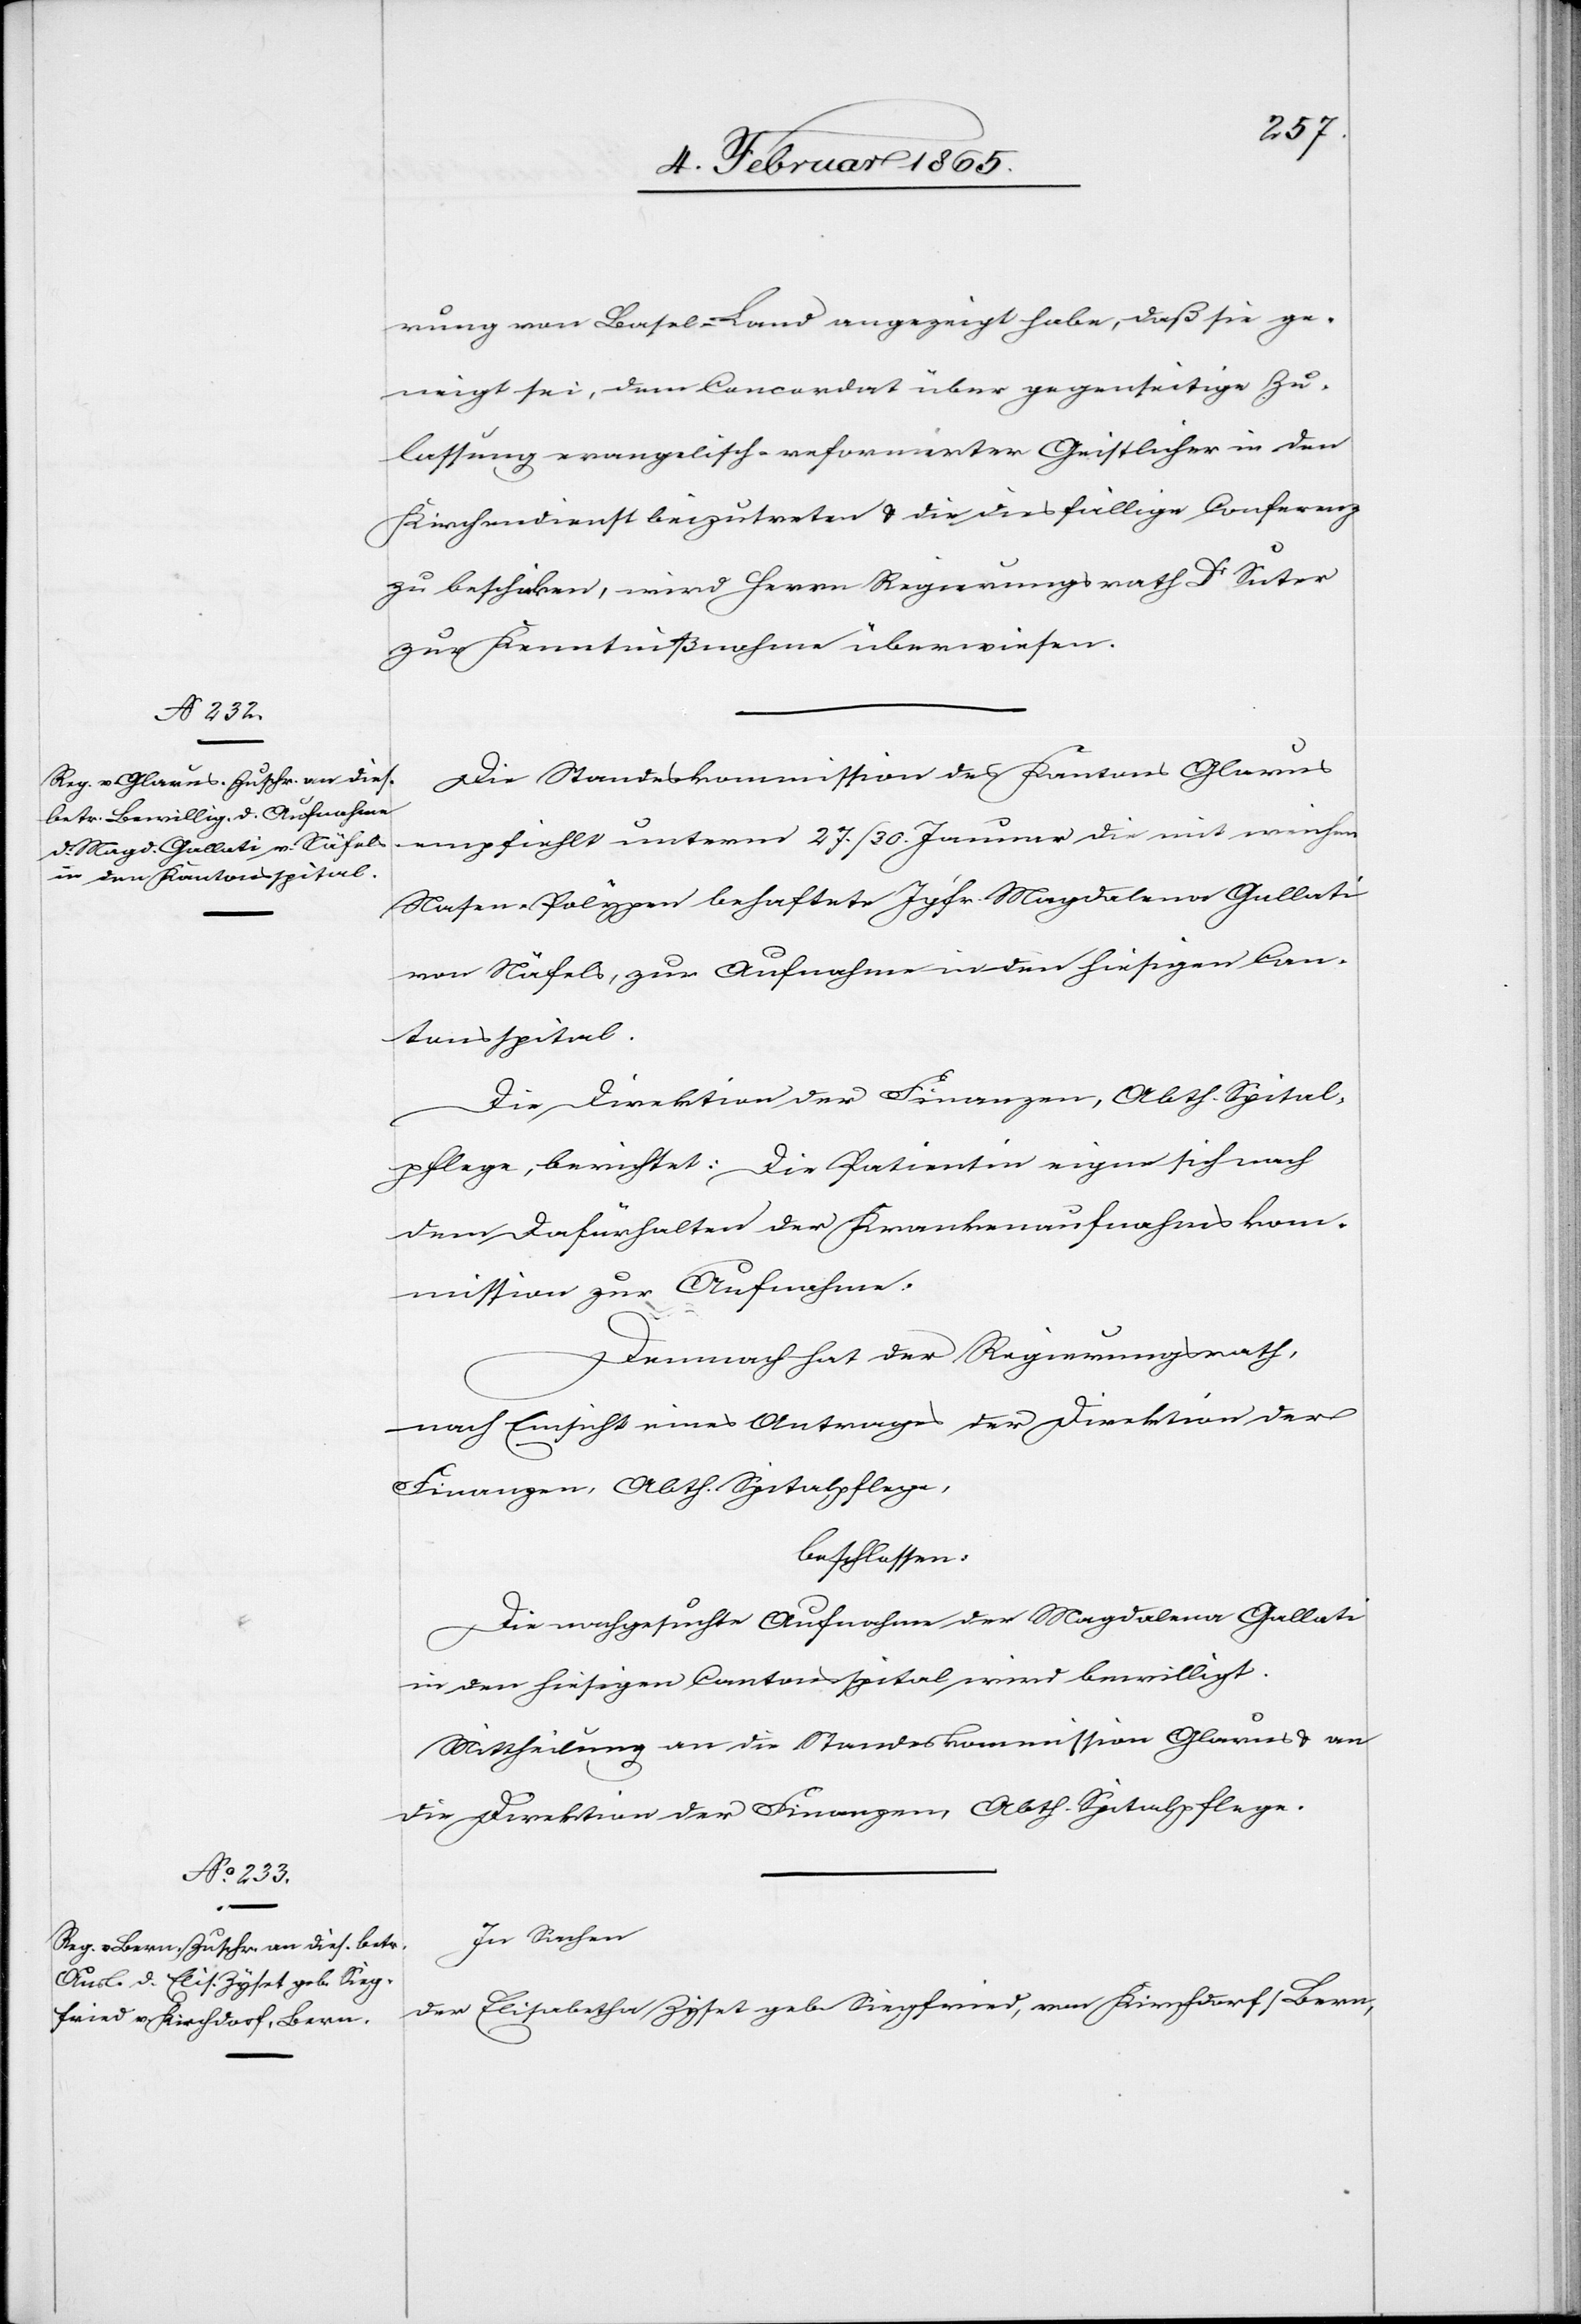
7. Februar 1865.]
rung von Basel-Land angezeigt habe, daß sie ge¬
neigt sei, dem Concordat über gegenseitige Zu¬
lassung evangelisch-reformirter Geistlicher in den
Kirchendienst beizutreten u. die diesfällige Conferenz
zu beschicken, wird Herrn Regierungsrath Dr Suter
zur Kenntnißnahme überwiesen.
Die Standeskommission des Kantons Glarus
empfiehlt unterm 27./30. Januar die mit weichen
Nasen-Polypen behaftete Jgfr. Magdalena Gallati
von Näfels, zur Aufnahme in den hiesigen Can¬
tonsspital.
Die Direktion der Finanzen, Abth. Spital¬
pflege, berichtet: Die Patientin eigne sich nach
dem Dafürhalten der Krankenaufnahmskom¬
mission zur Aufnahme.
Demnach hat der Regierungsrath,
nach Einsicht eines Antrages der Direktion der
Finanzen, Abth. Spitalpflege,
beschlossen:
Die nachgesuchte Aufnahme der Magdalena Gallati
in den hiesigen Cantonsspital wird bewilligt.
Mittheilung an die Standeskommission Glarus u. an
die Direktion der Finanzen, Abth. Spitalpflege.
In Sachen
der Elisabetha Zyset geb. Siegfried, von Kirchdorf/Bern,